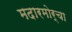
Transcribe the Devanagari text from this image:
मदारमोर्चा